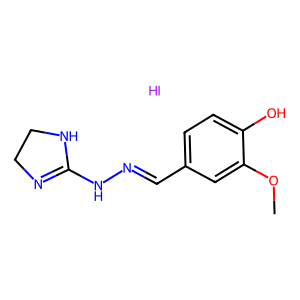
SMILES: COc1cc(C=NNC2=NCCN2)ccc1O.I
Inhibits HIV replication: No